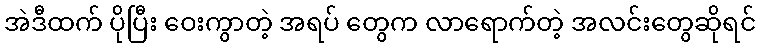
အဲဒီထက် ပိုပြီး ဝေးကွာတဲ့ အရပ် တွေက လာရောက်တဲ့ အလင်းတွေဆိုရင်